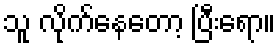
သူ လိုက်နေတော့ ပြီးရော။